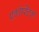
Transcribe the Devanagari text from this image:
एकोस्टिक